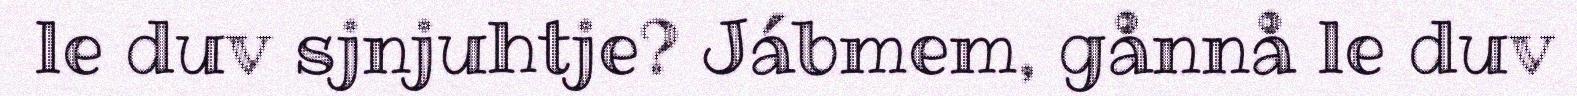
le duv sjnjuhtje? Jábmem, gånnå le duv